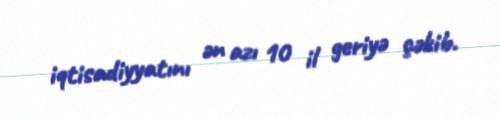
iqtisadiyyatını ən azı 10 il geriyə çəkib.